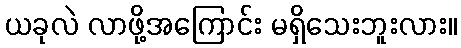
ယခုလဲ လာဖို့အကြောင်း မရှိသေးဘူးလား။